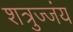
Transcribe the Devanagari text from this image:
शत्रुज्जंय